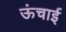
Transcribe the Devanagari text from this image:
ऊंचार्इ